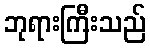
ဘုရားကြီးသည်